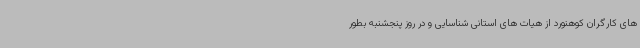
های کارگران کوهنورد از هیات های استانی شناسایی و در روز پنجشنبه بطور